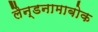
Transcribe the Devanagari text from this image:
लैन्डनामाबोक